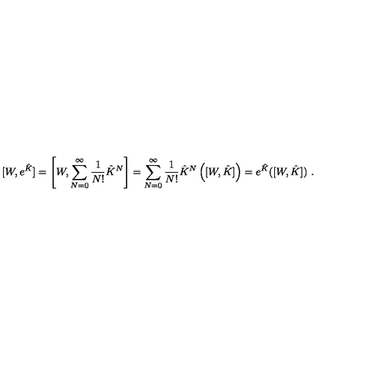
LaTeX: [ W , e ^ { \hat { K } } ] = \left[ W , \sum _ { N = 0 } ^ { \infty } \frac { 1 } { N ! } \hat { K } ^ { N } \right] = \sum _ { N = 0 } ^ { \infty } \frac { 1 } { N ! } \hat { K } ^ { N } \left( [ W , \hat { K } ] \right) = e ^ { \hat { K } } ( [ W , \hat { K } ] ) \ .